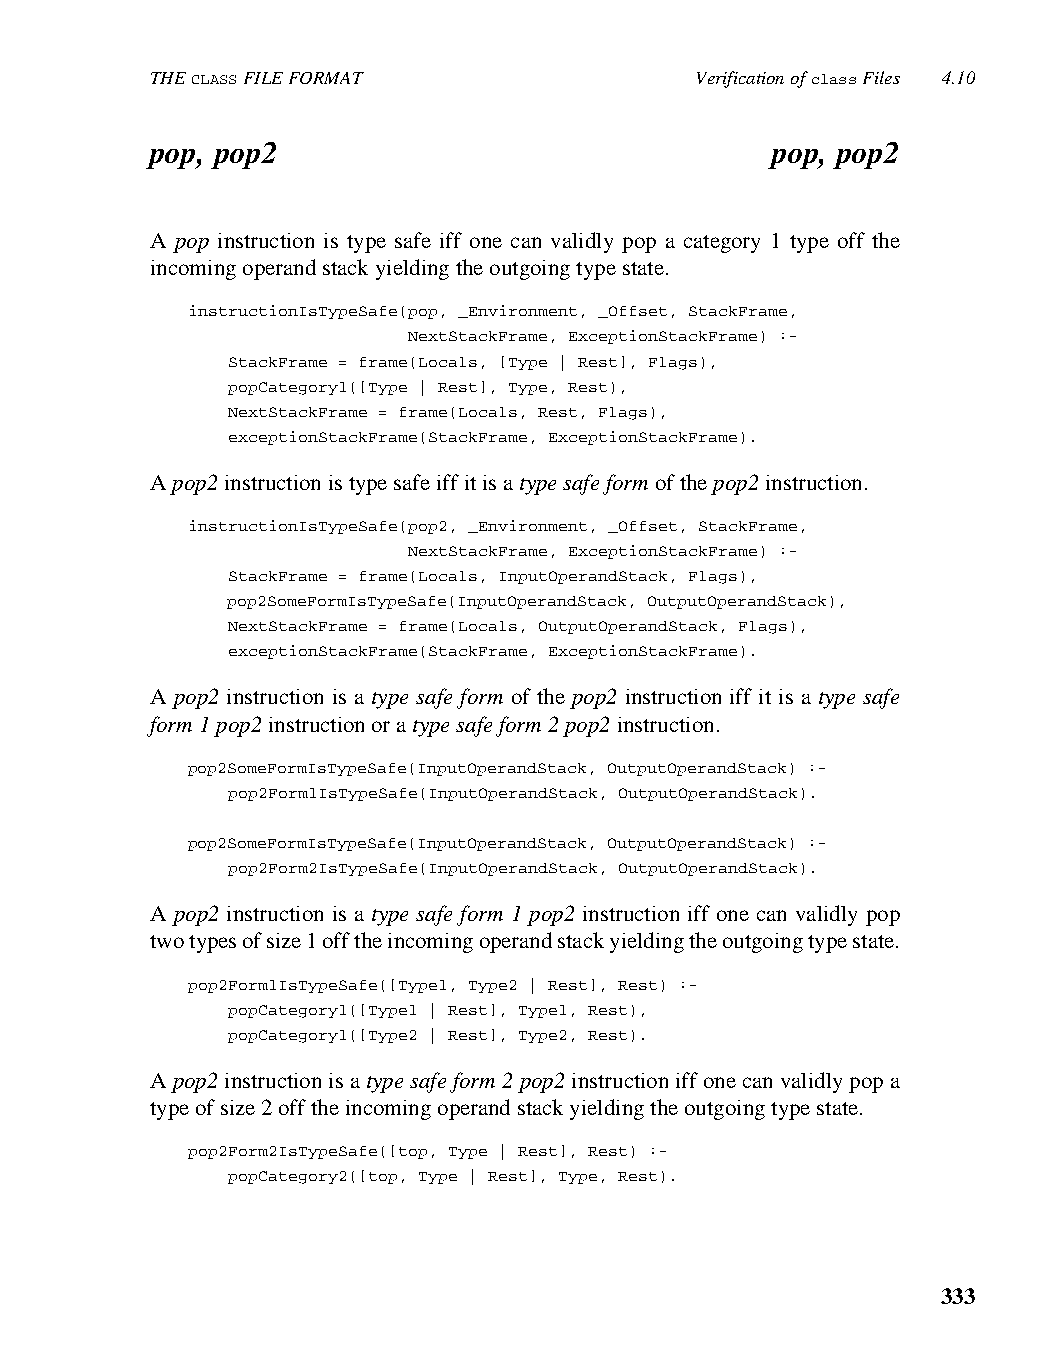
THE CLASS FILE FORMAT               Verification of class Files 4.10
 pop, pop2                                pop, pop2
 A pop instruction is type safe iff one can validly pop a category 1 type off the
 incoming operand stack yielding the outgoing type state.
 instructionIsTypeSafe(pop, _Environment, _Offset, StackFrame,
 NextStackFrame, ExceptionStackFrame) :-
 StackFrame = frame(Locals, [Type | Rest], Flags),
 popCategory1([Type | Rest], Type, Rest),
 NextStackFrame = frame(Locals, Rest, Flags),
 exceptionStackFrame(StackFrame, ExceptionStackFrame).
 A pop2 instruction is type safe iff it is a type safe form of the pop2 instruction.
 instructionIsTypeSafe(pop2, _Environment, _Offset, StackFrame,
 NextStackFrame, ExceptionStackFrame) :-
 StackFrame = frame(Locals, InputOperandStack, Flags),
 pop2SomeFormIsTypeSafe(InputOperandStack, OutputOperandStack),
 NextStackFrame = frame(Locals, OutputOperandStack, Flags),
 exceptionStackFrame(StackFrame, ExceptionStackFrame).
 A pop2 instruction is a type safe form of the pop2 instruction iff it is a type safe
 form 1 pop2 instruction or a type safe form 2 pop2 instruction.
 pop2SomeFormIsTypeSafe(InputOperandStack, OutputOperandStack) :-
 pop2Form1IsTypeSafe(InputOperandStack, OutputOperandStack).
 pop2SomeFormIsTypeSafe(InputOperandStack, OutputOperandStack) :-
 pop2Form2IsTypeSafe(InputOperandStack, OutputOperandStack).
 A pop2 instruction is a type safe form 1 pop2 instruction iff one can validly pop
 two types of size 1 off the incoming operand stack yielding the outgoing type state.
 pop2Form1IsTypeSafe([Type1, Type2 | Rest], Rest) :-
 popCategory1([Type1 | Rest], Type1, Rest),
 popCategory1([Type2 | Rest], Type2, Rest).
 A pop2 instruction is a type safe form 2 pop2 instruction iff one can validly pop a
 type of size 2 off the incoming operand stack yielding the outgoing type state.
 pop2Form2IsTypeSafe([top, Type | Rest], Rest) :-
 popCategory2([top, Type | Rest], Type, Rest).
 333